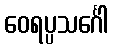
ဝေရပ္ပသင်္ဂေါ